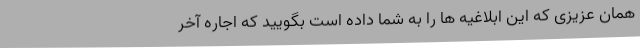
همان عزیزی که این ابلاغیه ها را به شما داده است بگویید که اجاره آخر